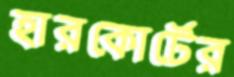
হারকোর্টের